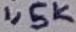
Text: 1,5K